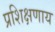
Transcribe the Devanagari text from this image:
प्रशिक्षणाय